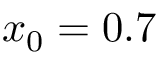
x _ { 0 } = 0 . 7